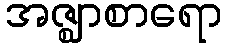
အဇ္ဈာစာရော